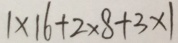
1 \times 1 6 + 2 \times 8 + 3 \times 1